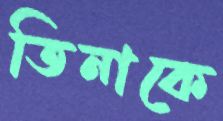
তিনাকে